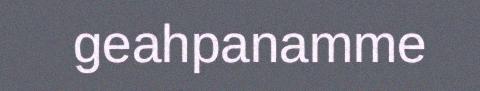
geahpanamme